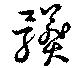
髒